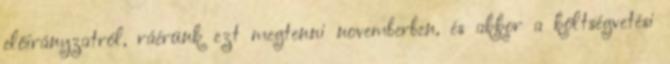
előirányzatról, ráérünk ezt megtenni novemberben, és akkor a költségvetési